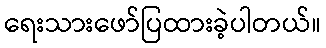
ရေးသားဖော်ပြထားခဲ့ပါတယ်။